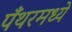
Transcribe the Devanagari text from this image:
पँथरमध्ये